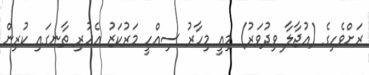
ރަށްވެހިގެ (އުޖާލާ ވިދުވަރު) މިއީ މިހާރު ސިއްހީ މަރުކަޒު އެހުރި ތާނގައި ކުރިން